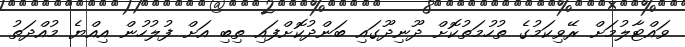
ވައްޓާލުމަށް ރޭވިކަމުގެ ތުހުމަތުކޮށް ދޫނިދޫގައި ބަންދުކޮށްފައި ތިބި އަށް ފުލުހުން އިއްޔެ މުއްދަތު